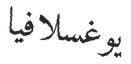
يوغسلافيا